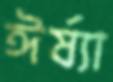
ঈর্ষ্যা